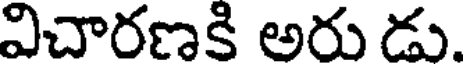
విచారణకి అరు డు.